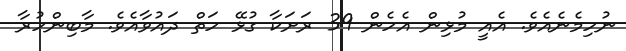
ނުހިމެނެއެވެ. އެއީ މުޅިން އެހެން 39 ރަށަކާ ގުޅޭ ހަތް ދައުވާއެވެ. މާބިންހުރާ